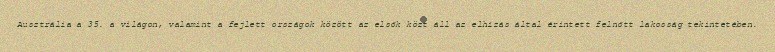
Ausztrália a 35. a világon, valamint a fejlett országok között az elsők közt áll az elhízás által érintett felnőtt lakosság tekintetében.